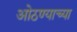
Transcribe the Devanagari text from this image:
ओठण्याच्या